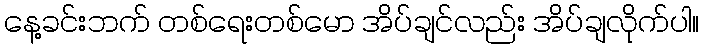
နေ့ခင်းဘက် တစ်ရေးတစ်မော အိပ်ချင်လည်း အိပ်ချလိုက်ပါ။